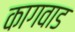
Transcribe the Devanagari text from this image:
कागवाड